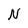
Character: N